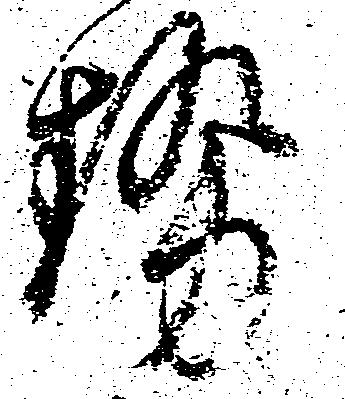
勢